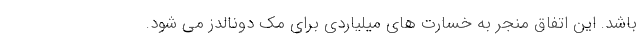
باشد. این اتفاق منجر به خسارت های میلیاردی برای مک دونالدز می شود.